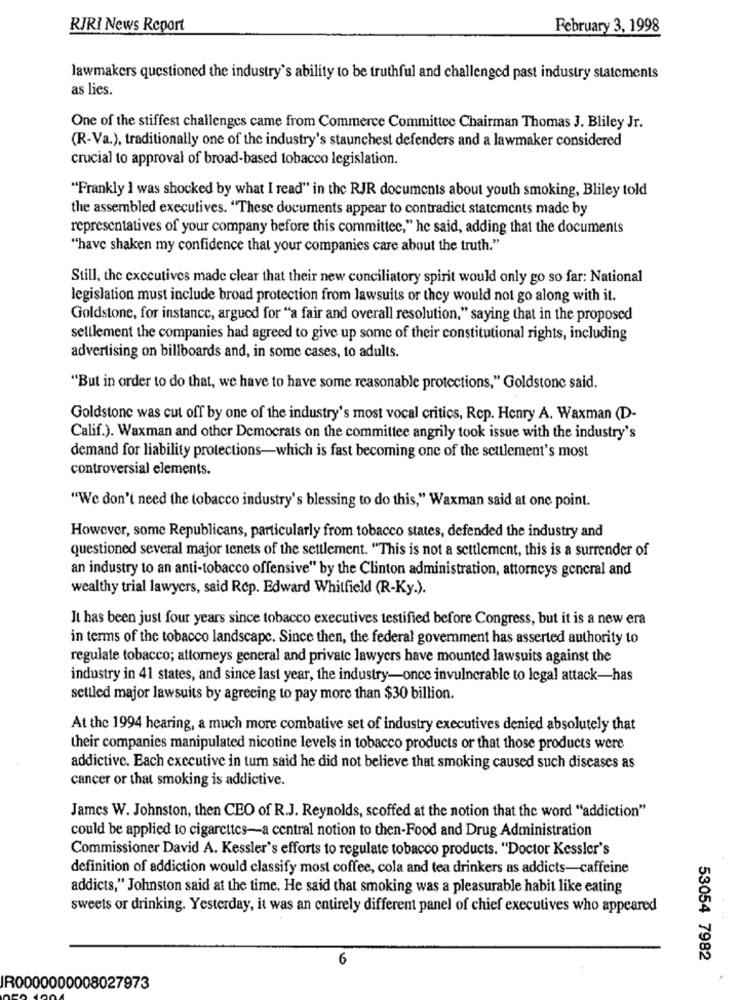
RIRI News Report
February 3, 1998
lawmakers questioned the industry's ability to be truthful and challenged past industry statements
as lies.
One of the stiffest challenges came from Commerce Committee Chairman Thomas J. Bliley Jr.
(R-Va.), traditionally one of the industry's staunchest defenders and a lawmaker considered
crucial to approval of broad-based tobacco legislation.
"Frankly I was shocked by what I read" in the RJR documents about youth smoking, Bliley told
the assembled executives. "These documents appear to contradict statements made by
representatives of your company before this committee," he said, adding that the documents
"have shaken my confidence that your companies care about the truth."
Still, the executives made clear that their new conciliatory spirit would only go so far: National
legislation must include broad protection from lawsuits or they would not go along with it.
Goldstone, for instance, argued for "a fair and overall resolution," saying that in the proposed
selllement the companies had agreed to give up some of their constitutional rights, including
advertising on billboards and, in some cases, to adults.
"But in order to do that, we have to have some reasonable protections," Goldstone said.
Goldstone was cut off by one of the industry's most vocal critics, Rep. Henry A. Waxman (D-
Calif.). Waxman and other Democrats on the committee angrily took issue with the industry's
demand for liability protections-which is fast becoming one of the seulement's most
controversial elements.
"We don't need the tobacco industry's blessing to do this," Waxman said at one point.
However, some Republicans, particularly from tobacco states, defended the industry and
questioned several major tenets of the settlement. "This is not a settlement, this is a surrender of
an industry to an anti-tobacco offensive" by the Clinton administration, attorneys general and
wealthy trial lawyers, said Rcp. Edward Whitfield (R-Ky.).
It has been just four years since tobacco executives testified before Congress, but it is a new era
in terms of the tobacco landscape. Since then, the federal government has asserted authority to
regulate tobacco; attorneys general and private lawyers have mounted lawsuits against the
industry in 41 states, and since last year, the industry-once invulnerable to legal attack-has
settled major lawsuits by agreeing to pay more than $30 billion.
At the 1994 hearing, a much more combative set of industry executives denied absolutely that
their companies manipulated nicotine levels in tobacco products or that those products were
addictive. Each executive in turn said he did not believe that smoking caused such diseases as
cancer or that smoking is addictive.
James W. Johnston, then CEO of R.J. Reynolds, scoffed at the notion that the word "addiction"
could be applied to cigarettes-a central notion to then-Food and Drug Administration
Commissioner David A. Kessler's efforts to regulate tobacco products. "Doctor Kessler's
definition of addiction would classify most coffee, cola and tea drinkers as addicts-caffeine
addicts," Johnston said at the time. He said that smoking was a pleasurable habit like eating
sweets or drinking. Yesterday, it was an entirely different panel of chief executives who appeared
6
53054 7982
R0000000008027973